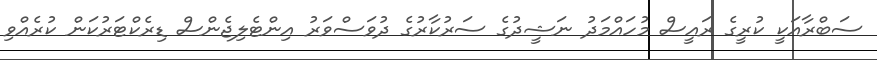
ސަބްރާއަކީ ކުރީގެ ރައީސް މުހައްމަދު ނަޝީދުގެ ސަރުކާރުގެ ދުވަސްވަރު އިންޓެލިޖެންސް ޑިރެކްޓަރުކަން ކުރެއްވި